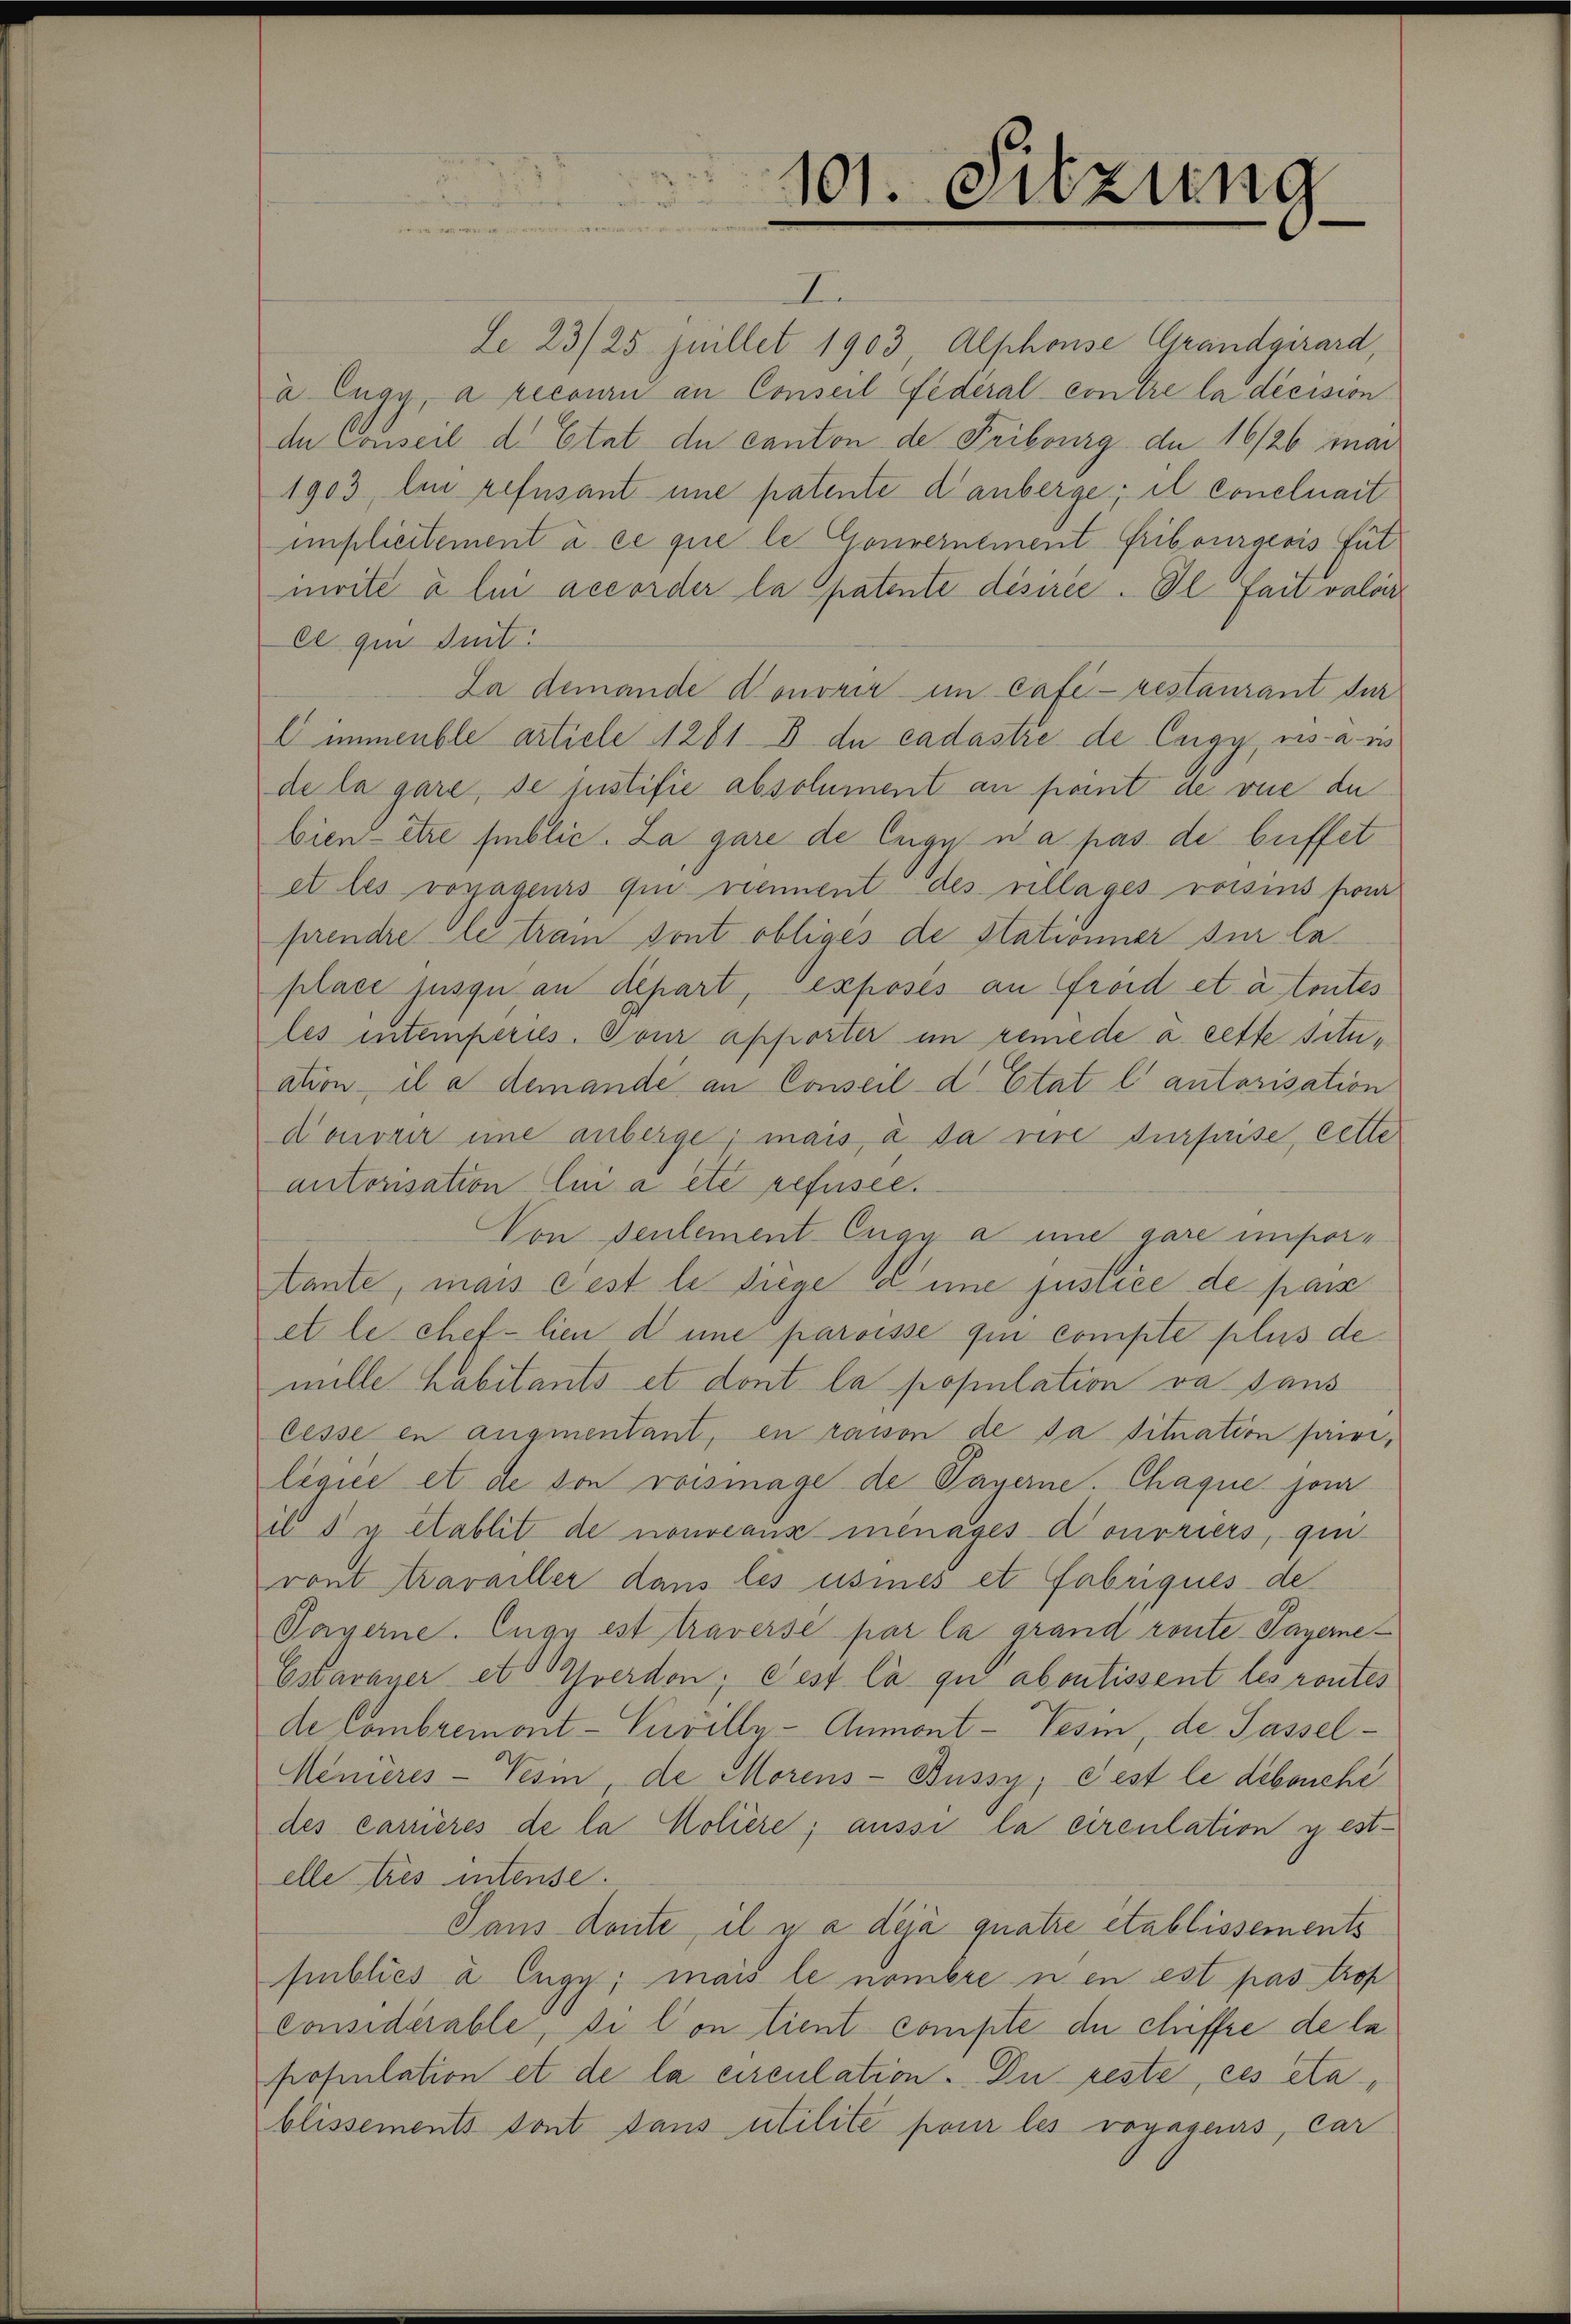
101. Sitzung

I
Le 23/25. Juillet 1903 Alphonse Grandgirard,
u Eugy, a recouri an Conseil Federal contre la décision
de Conseil d. Etat de canton de Fribourg du 16/26 inar
1903, lui refusant une patente danberge; et Concluait
implicitement à ce que le Gouvernement Fribourgeois, Futmrite à lui accorder la patente désiree. Il fait valoir
el qui suit:
La demande Konorir im Café- restaurant für
Eimmeuble article 4261 B. du cadastre de Cargy, ins a ris
de la gare, se justifie absolument an port de vue de
bien - être sublic. La gare de Eugen a pas de beffet
et les vorjageurs qui nennent des villages voisins pour
prendre le tram sont obliges de Stationner sur la
place jusqu an depart, exposés an Gröd et à toutes
les intemperies. Von apporter im remede à cette situation, il e demande an Conseil d’Etat l. autorisation
Nonorir eine anberge; mais à sa vire surprise, cette
autorisation lui a été refusee.
Von Sentement Eugy a und gare inforante, mais cest le diese Eine justice de pass
et le chef-lien d une paroisse qui compte plus de
mille Kabitants et dont la population da sans
lesse en augmentant, en raison de da situation sanileque et de von voismage de Payerne. Chaque jur
il I y établit de nouveaux ménages douvriers, qu
vont travailler dans les usines et Fabriques de
Paserne. Engy est traverse par la grand route Payerne¬
Estavayer etc Yverdon; Fest la qu abontissent les routes
de Combremont-Vuvilly-Anmont-Tesin, de Passel¬
Menieres-Vesin, de Morens-Büssy; c’est le debouche
des cariieres de la Moliere; aussi la circulation gest
elle trés intense.
Jans deute, il y a déjà quatre établissements
Emblics à Eugy; mais le nombre nen est pas trop
considérable, di con tient comple du chiffre de lapopulation et de la circulation. Du reste, ces eta
blissements sont dans utilite pour les voyageurs, car